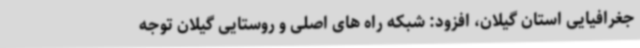
جغرافیایی استان گیلان، افزود: شبکه راه های اصلی و روستایی گیلان توجه